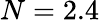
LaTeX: N=2.4